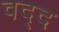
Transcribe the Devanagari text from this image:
वद्द